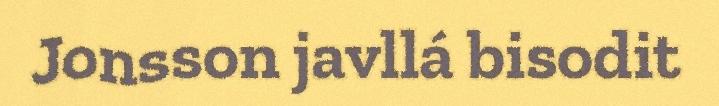
Jonsson javllá bisodit